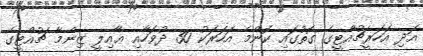
އަދި އަހަރީޗުއްޓީގެ ގޮތުގައި ކޮންމެ އަހަރަކު 30 ދުވަހާއި ޢާއިލީ ޒިންމާ ޗުއްޓީގެ